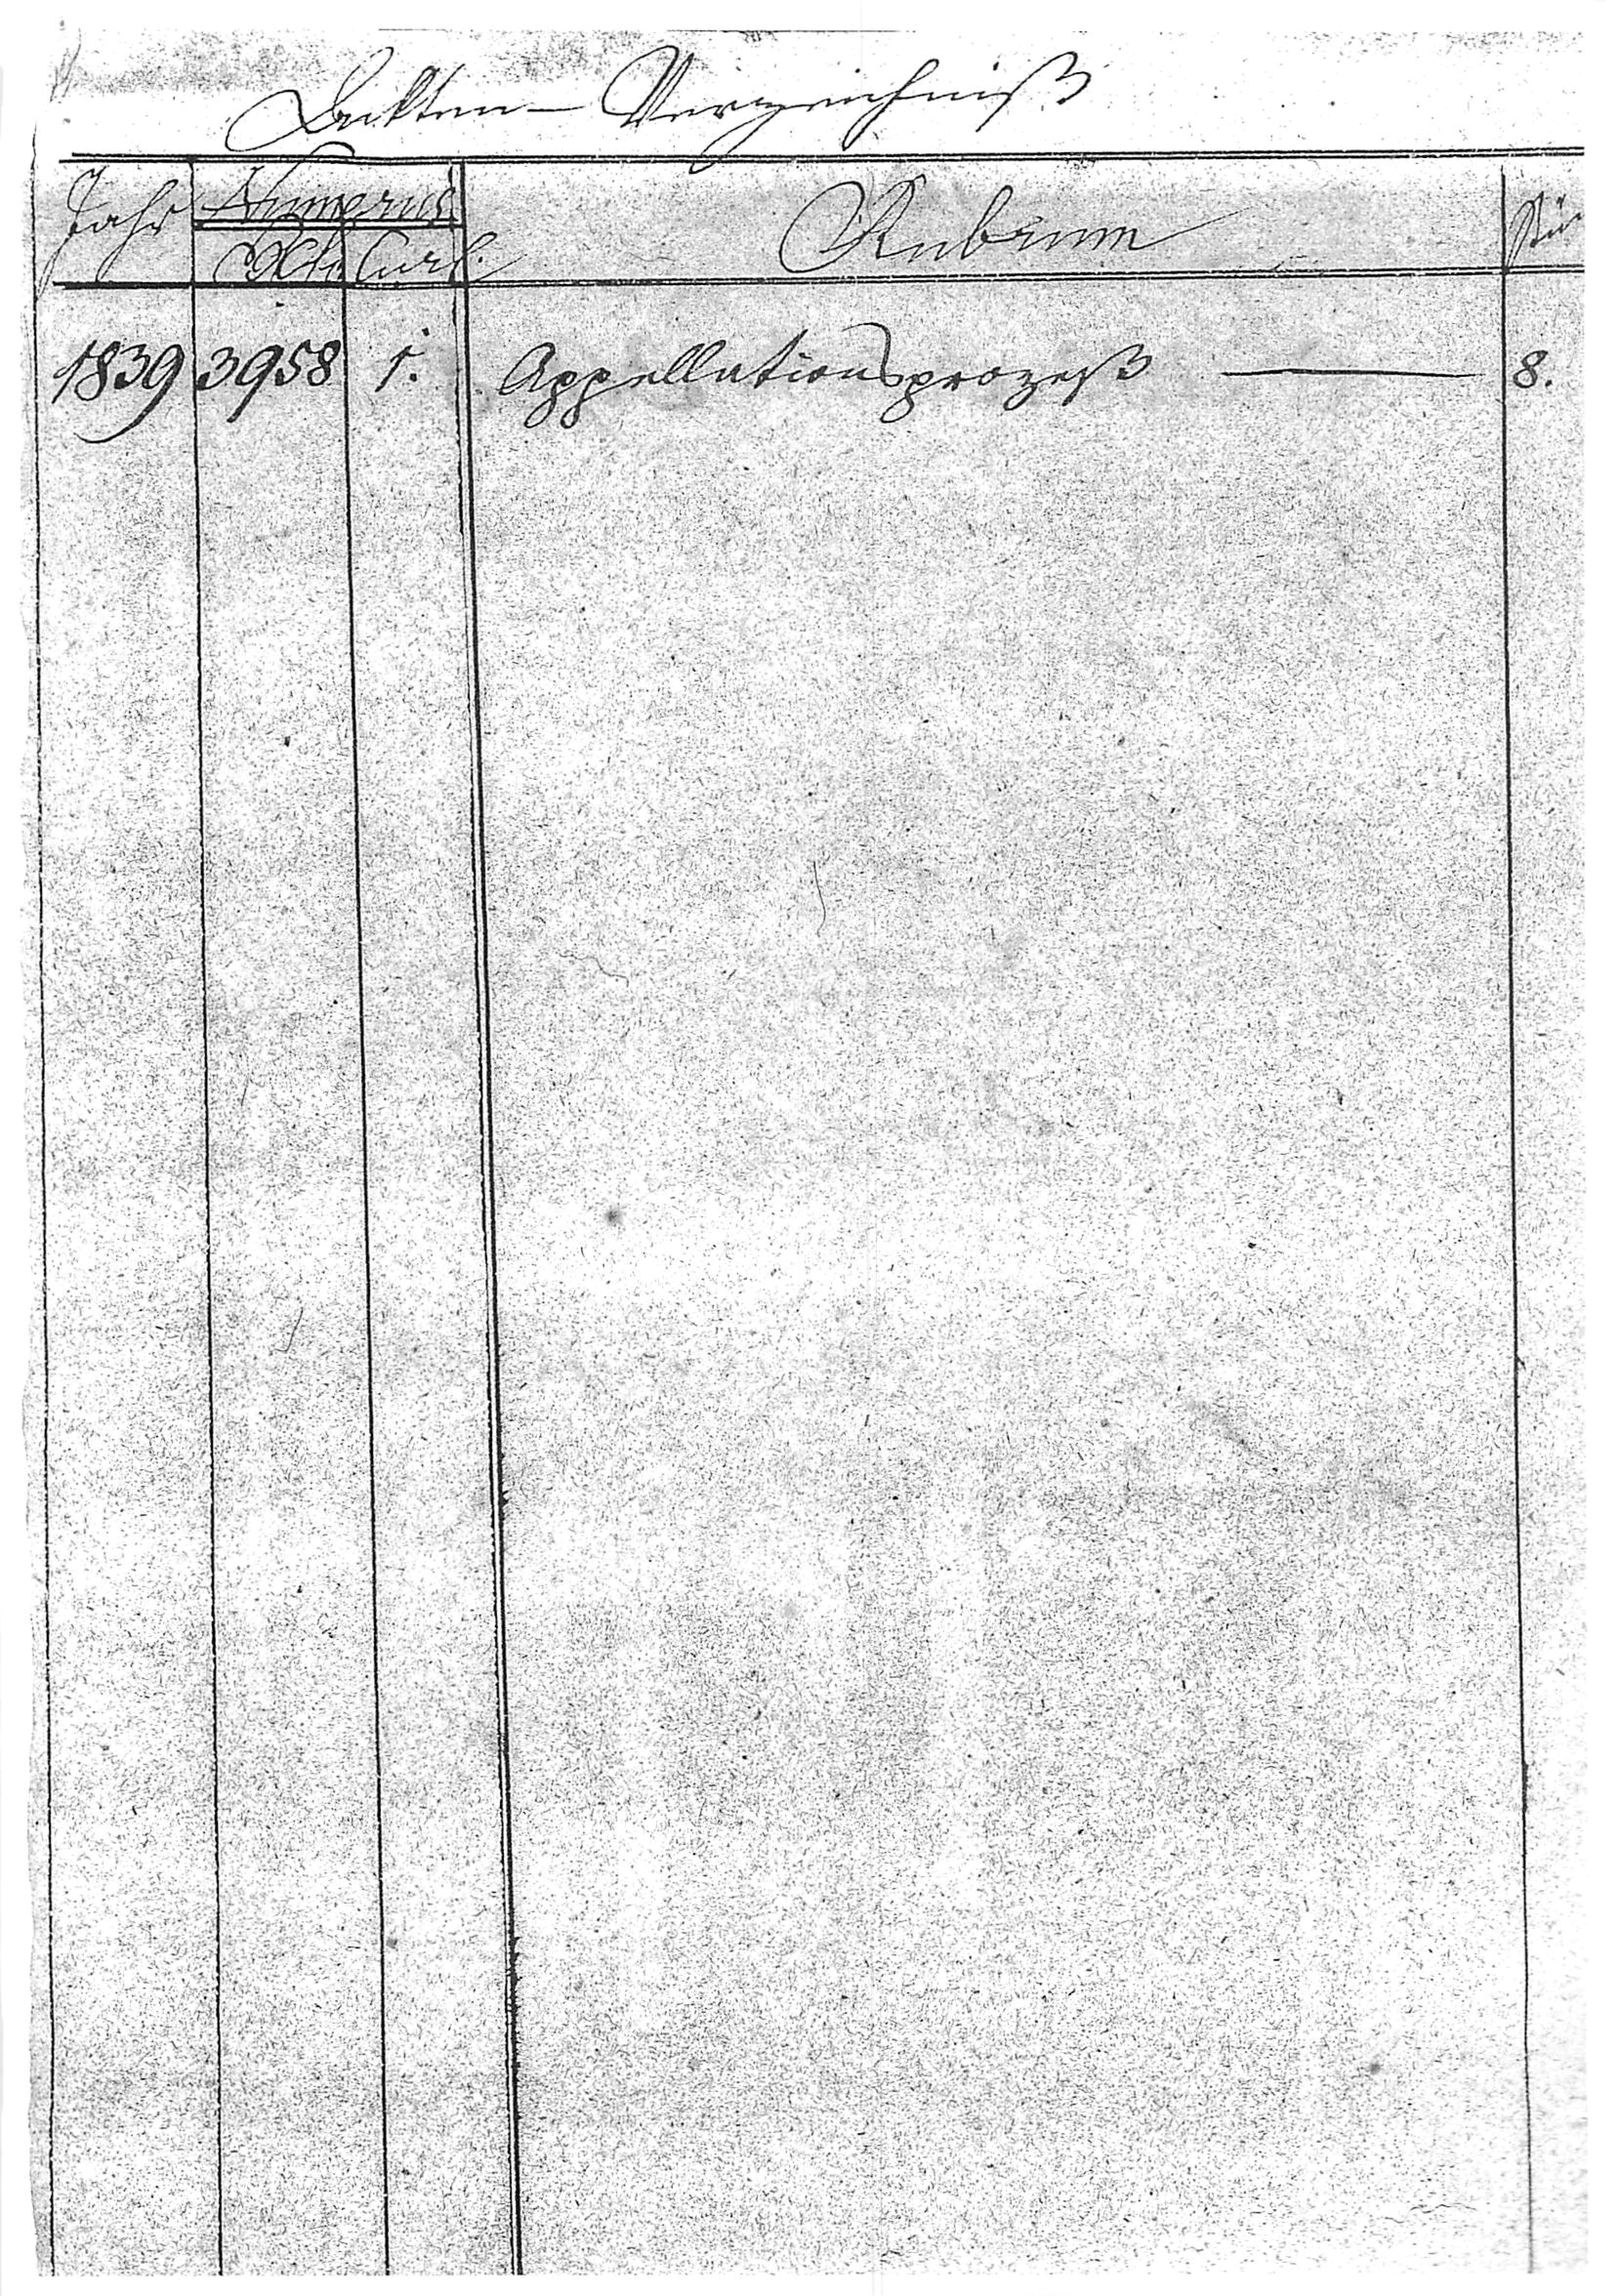
Ackten-Verzeichnis
Jahr A rus
Stück
Rubrum
Kl Curl.
1839 3958 1. Appelationsprozeß — 8.